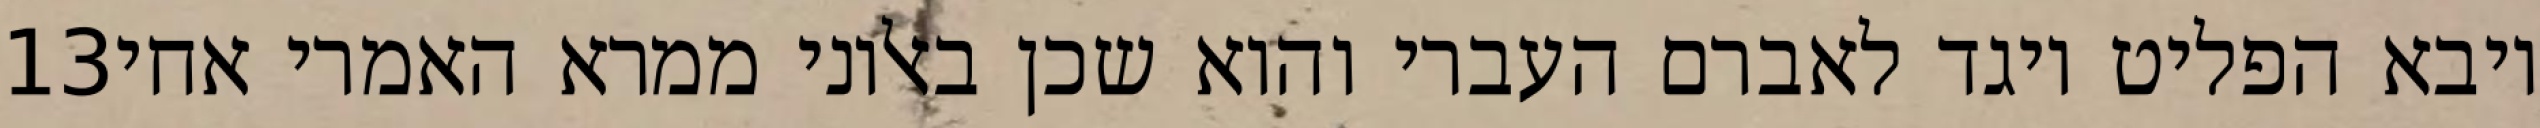
‎13‏ ויבא הפליט ויגד לאברם העברי והוא שכן באלוני ממרא האמרי אחי